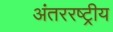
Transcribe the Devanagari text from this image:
अंतररष्ट्रीय